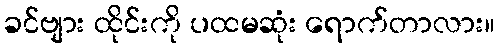
ခင်ဗျား ထိုင်းကို ပထမဆုံး ရောက်တာလား။